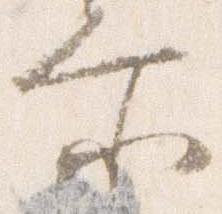
爾